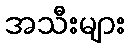
အသီးများ